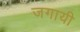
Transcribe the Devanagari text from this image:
जगायी